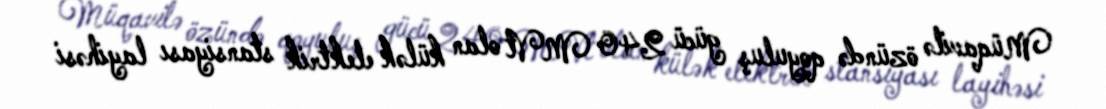
Müqavilə özündə qoyuluş gücü 240 MVt olan külək elektrik stansiyası layihəsi